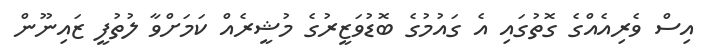
އިސް ވެރިއެއްގެ ގޮތުގައި އެ ގައުމުގެ ބޮޑުވަޒީރުގެ މުޝީރެއް ކަމަށްވާ ލުތުފީ ޒައިނޫން